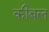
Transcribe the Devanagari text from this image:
कीबल